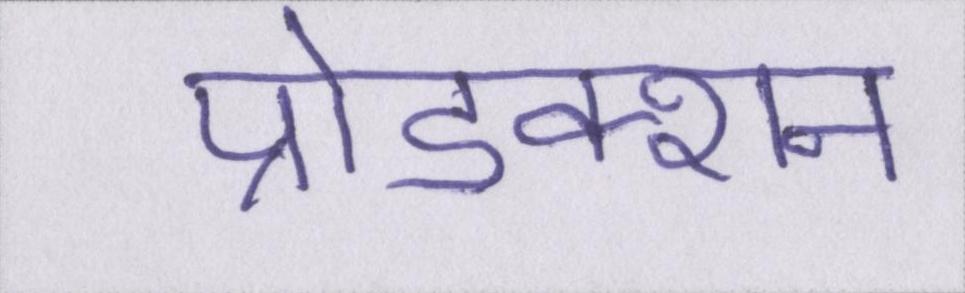
प्रोडक्शन